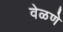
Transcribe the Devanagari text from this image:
वेळणे